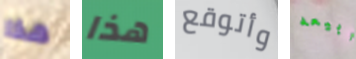
هذا هذا وأتوقع أبيعه